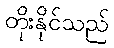
တိုးနိုင်သည်